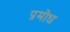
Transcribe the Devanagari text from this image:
प्रमोध